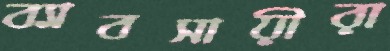
ব্যাবসায়ীরা